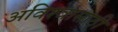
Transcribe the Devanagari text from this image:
अविश्‍वासाठी